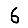
Digit: 6